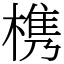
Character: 槜